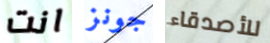
انت جونز للأصدقاء